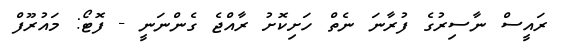
ރައީސް ނާސިރުގެ ފުރާނަ ނެތް ހަށިކޮށު ރާއްޖެ ގެންނަނީ - ފޮޓޯ: މައުރޫފް